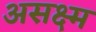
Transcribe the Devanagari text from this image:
असक्ष्म